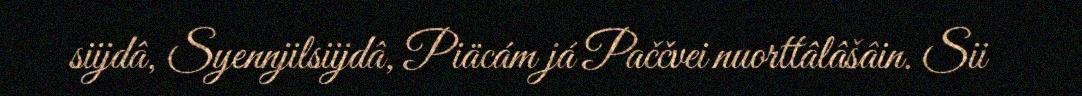
siijdâ, Syennjilsiijdâ, Piäcám já Paččvei nuorttâlâšâin. Sii